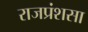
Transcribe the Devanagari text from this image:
राजप्रंशसा